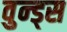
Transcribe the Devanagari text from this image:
वुन्ड्स